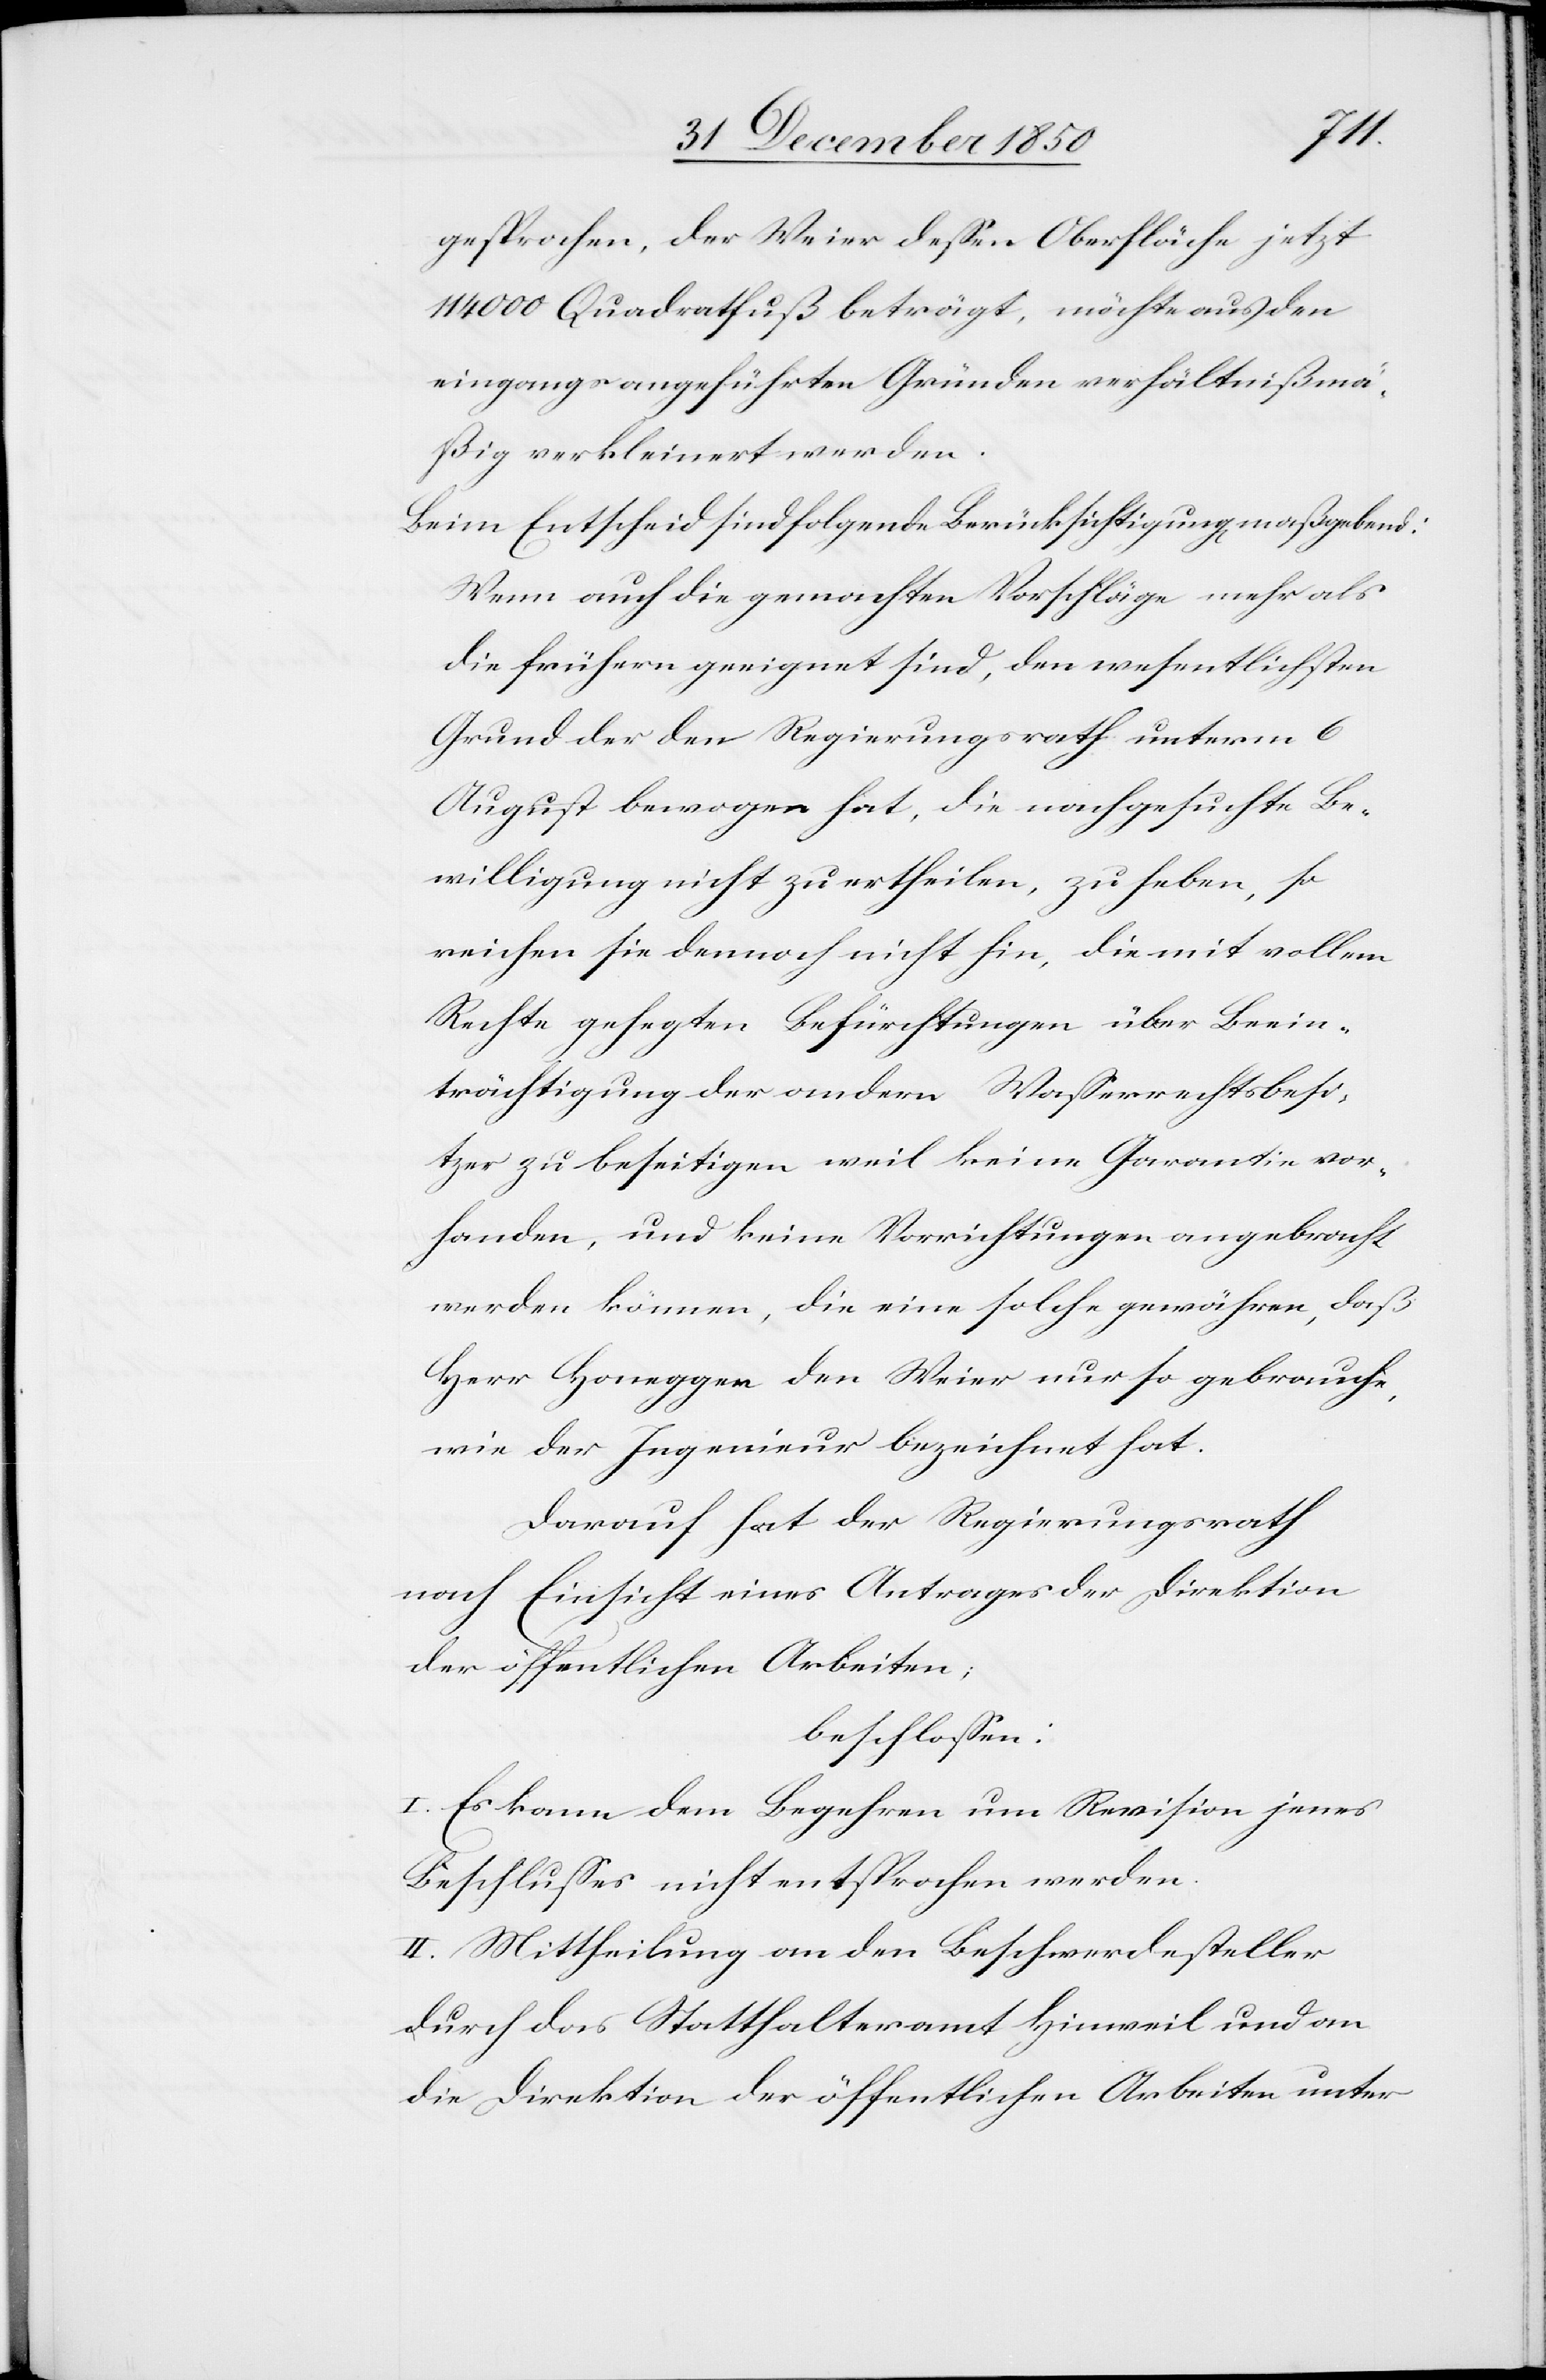
gesprochen, der Weier dessen Oberfläche jetzt
114 000 Quadratfuß beträgt, möchte aus den
eingangs angeführten Gründen verhältnißmä¬
ßig verkleinert werden.
Beim Entscheid sind folgende Berücksichtigung[en] maßgebend:
Wenn auch die gemachten Vorschläge mehr als
die frühern geeignet sind, den wesentlichsten
Grund der den Regierungsrath unterm 6
August bewogen hat, die nachgesuchte Be¬
willigung nicht zu ertheilen, zu heben, so
reichen sie dennoch nicht hin, die mit vollem
Rechte gehegten Befürchtungen über Beein¬
trächtigung der andern Wasserrechtsbesi¬
tzer zu beseitigen weil keine Garantie vor¬
handen, und keine Vorrichtungen angebracht
werden können, die eine solche gewähren, daß
Herr Honegger den Weier nur so gebrauche,
wie der Ingenieur bezeichnet hat.
Darauf hat der Regierungsrath
nach Einsicht eines Antrages der Direktion
der öffentlichen Arbeiten;
beschlossen:
I. Es kann dem Begehren um Revision jenes
Beschlusses nicht entsprochen werden.
II. Mittheilung an den Beschwerdesteller
durch das Statthalteramt Hinweil und an
die Direktion der öffentlichen Arbeiten unter